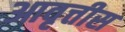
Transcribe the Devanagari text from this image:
आवृत्तीस